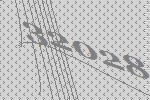
32028